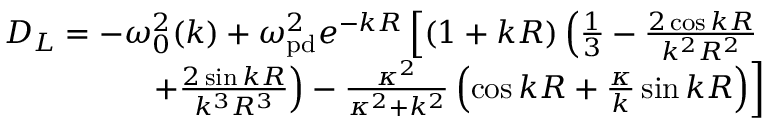
\begin{array} { r } { D _ { L } = - \omega _ { 0 } ^ { 2 } ( k ) + \omega _ { \mathrm { p d } } ^ { 2 } e ^ { - k R } \left[ ( 1 + k R ) \left( \frac { 1 } { 3 } - \frac { 2 \cos { k R } } { k ^ { 2 } R ^ { 2 } } \right. \right. } \\ { \left. \left. + \frac { 2 \sin { k R } } { k ^ { 3 } R ^ { 3 } } \right) - \frac { \kappa ^ { 2 } } { \kappa ^ { 2 } + k ^ { 2 } } \left( \cos { k R } + \frac { \kappa } { k } \sin { k R } \right) \right] } \end{array}